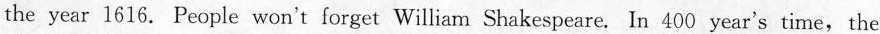
the year 1616. People won't forget William Shakespeare. In 400 year's time,the